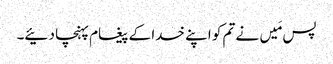
پس مَیں نے تم کو اپنے خدا کے پیغام پہنچا دئیے۔